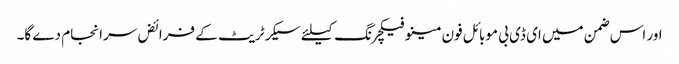
اور اس ضمن میں ای ڈی بی موبائل فون مینو فیکچرنگ کیلئے سیکرٹریٹ کے فرائض سرانجام دے گا۔